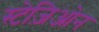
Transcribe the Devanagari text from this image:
स्टेज़िओन